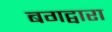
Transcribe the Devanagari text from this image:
बगद्वारा